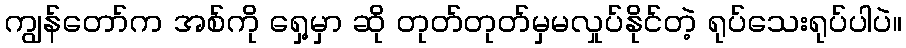
ကျွန်တော်က အစ်ကို ရှေ့မှာ ဆို တုတ်တုတ်မှမလှုပ်နိုင်တဲ့ ရုပ်သေးရုပ်ပါပဲ။